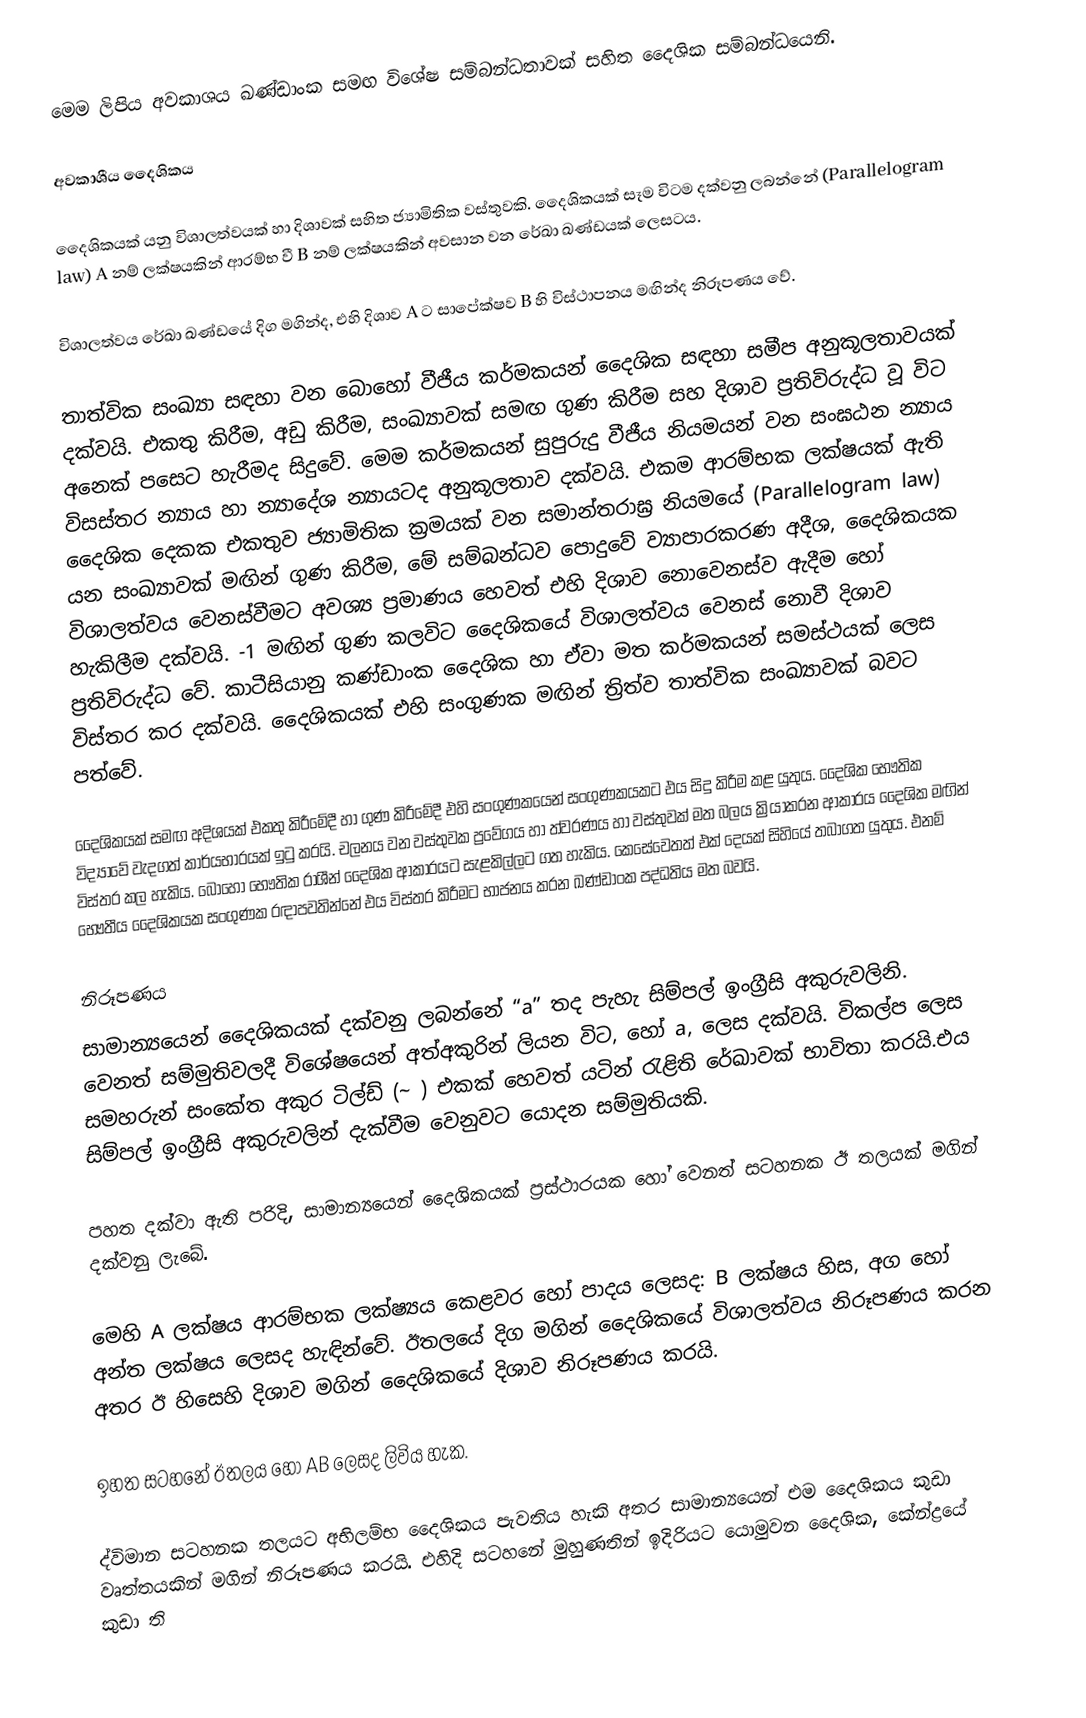
මෙම ලිපිය අවකාශය ඛණ්ඩාංක සමඟ විශේෂ සම්බන්ධතාවක් සහිත දෛශික සම්බන්ධයෙනි.

අවකාශීය දෛශිකය

දෛශිකයක් යනු විශාලත්වයක් හා දිශාවක් සහිත ‍ජ්‍යාමිතික වස්තුවකි.  දෛශිකයක් සෑම විටම දක්වනු ලබන්නේ  (Parallelogram law) A නම් ලක්ෂයකින් ආරම්භ වී B නම් ලක්ෂයකින් අවසාන වන රේඛා ඛණ්ඩයක් ලෙසටය.

විශාලත්වය රේඛා ඛණ්ඩයේ දිග මගින්ද, එහි දිශාව A ට සාපේක්ෂව B හි විස්ථාපනය මඟින්ද නිරූපණය වේ.

තාත්වික සංඛ්‍යා සඳහා වන බොහෝ වීජීය කර්මකයන් දෛශික සඳහා සමීප අනුකූලතාවයක් දක්වයි.  එකතු කිරීම, අඩු කිරීම, සංඛ්‍යාවක් සමඟ ගුණ කිරීම සහ දිශාව ප්‍රතිවිරුද්ධ වූ විට අනෙක් පසෙට හැරීමද සිදුවේ.  මෙම කර්මකයන් සුපුරුදු වීජීය නියමයන් වන සංඝඨන න්‍යාය විසස්තර න්‍යාය හා න්‍යාදේශ න්‍යායටද අනුකූලතාව දක්වයි.  එකම ආරම්භක ලක්ෂයක් ඇති දෛශික දෙකක එකතුව ජ්‍යාමිතික ක්‍රමයක් වන සමාන්තරාඝ්‍ර නියමයේ (Parallelogram law) යන සංඛ්‍යාවක් මඟින් ගුණ කිරීම, මේ සම්බන්ධව පොදුවේ ව්‍යාපාරකරණ අදීශ, දෛශිකයක විශාලත්වය වෙනස්වීමට අවශ්‍ය ප්‍රමාණය හෙවත් එහි දිශාව නොවෙනස්ව ඇදීම හෝ හැකිලීම දක්වයි.  -1 මඟින් ගුණ කලවිට දෛශිකයේ විශාලත්වය වෙනස් නොවී දිශාව ප්‍රතිවිරුද්ධ වේ.  කාටීසියානු කණ්ඩාංක දෛශික හා ඒවා මත කර්මකයන් සමස්ථයක් ලෙස විස්තර කර දක්වයි.  දෛශිකයක් එහි සංගුණක මඟින් ත්‍රිත්ව තාත්වික සංඛ්‍යාවක් බවට පත්වේ.

දෛශිකයක් සමඟ අදිශයක් එකතු කිරීමේදී ‍හා ගුණ කිරීමේදී එහි සංගුණකයෙන් සංගුණකයකට එය සිදු කිරීම කළ යුතුය.  දෛශික භෞතික විද්‍ය‍ාවේ වැදගත් කාර්යභාරයක් ඉටු කරයි.  ‍චලනය වන වස්තුවක ප්‍රවේගය හා ත්වරණය හා වස්තුවක් මත බලය ක්‍රියාකරන ආකාරය දෛශික මඟින් විස්තර කල හැකිය.  බොහෝ භෞතික රාශීන් දෛශික ආකාරයට සැළකිල්ලට ගත හැකිය.  කෙසේවෙතත් එක් දෙයක් සිහියේ තබාගත යුතුය.  එනම් භෞතීය දෛශිකයක සංගුණක රඳාපවතින්නේ එය විස්තර කිරීමට භාජනය කරන ඛණ්ඩාංක පද්ධතිය මත බවයි.

නිරූපණය
සාමාන්‍යයෙන් දෛශිකයක් දක්වනු ලබන්නේ “a” තද පැහැ සිම්පල් ඉංග්‍රීසි අකුරුවලිනි. වෙනත් සම්මුතිවලදී විශේෂයෙන් අත්අකුරින් ලියන විට,    හෝ a, ලෙස දක්වයි. විකල්ප ලෙස සමහරුන් සංකේත අකුර ටිල්ඩ් (~ ) එකක් හෙවත් යටින් රැළිති රේඛාවක්  භාවිතා කරයි.එය සිම්පල් ඉංග්‍රීසි අකුරුවලින් දැක්වීම වෙනුවට යොදන සම්මුතියකි.

පහත දක්වා ඇති පරිදි, සාමාන්‍යයෙන් දෛශිකයක් ප්‍රස්ථාරයක හෝ වෙනත් සටහනක ඊ තලයක් මගින් දක්වනු ලැබේ.

මෙහි A ලක්ෂය ආරම්භක ලක්ෂ්‍යය  කෙළවර හෝ පාදය ලෙසද: B ලක්ෂය හිස, අග හෝ අන්ත ලක්ෂය ලෙසද හැඳින්වේ. ඊතලයේ දිග මගින් දෛශිකයේ විශාලත්වය නිරූපණය කරන අතර ඊ හිසෙහි දිශාව මගින් දෛශිකයේ දිශාව නිරූපණය කරයි.

ඉහත සටහනේ ඊතලය  හෝ AB ලෙසද ලිවිය හැක.

ද්විමාන සටහනක තලයට අභිලම්භ දෛශිකය පැවතිය හැකි අතර සාමාන්‍යයෙන් එම දෛශිකය කුඩා වෘත්තයකින් මගින් නිරූපණය කරයි. එහිදි සටහනේ මුහුණතින් ඉදිරියට යොමුවන දෛශික, කේන්ද්‍රයේ කුඩා ති